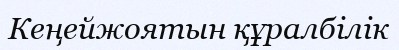
Кеңейжоятын құралбілік